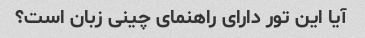
آیا این تور دارای راهنمای چینی زبان است؟